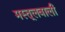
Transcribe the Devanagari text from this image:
मस्तूलवाली